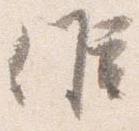
候